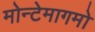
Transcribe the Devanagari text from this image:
मोन्टेमागमो